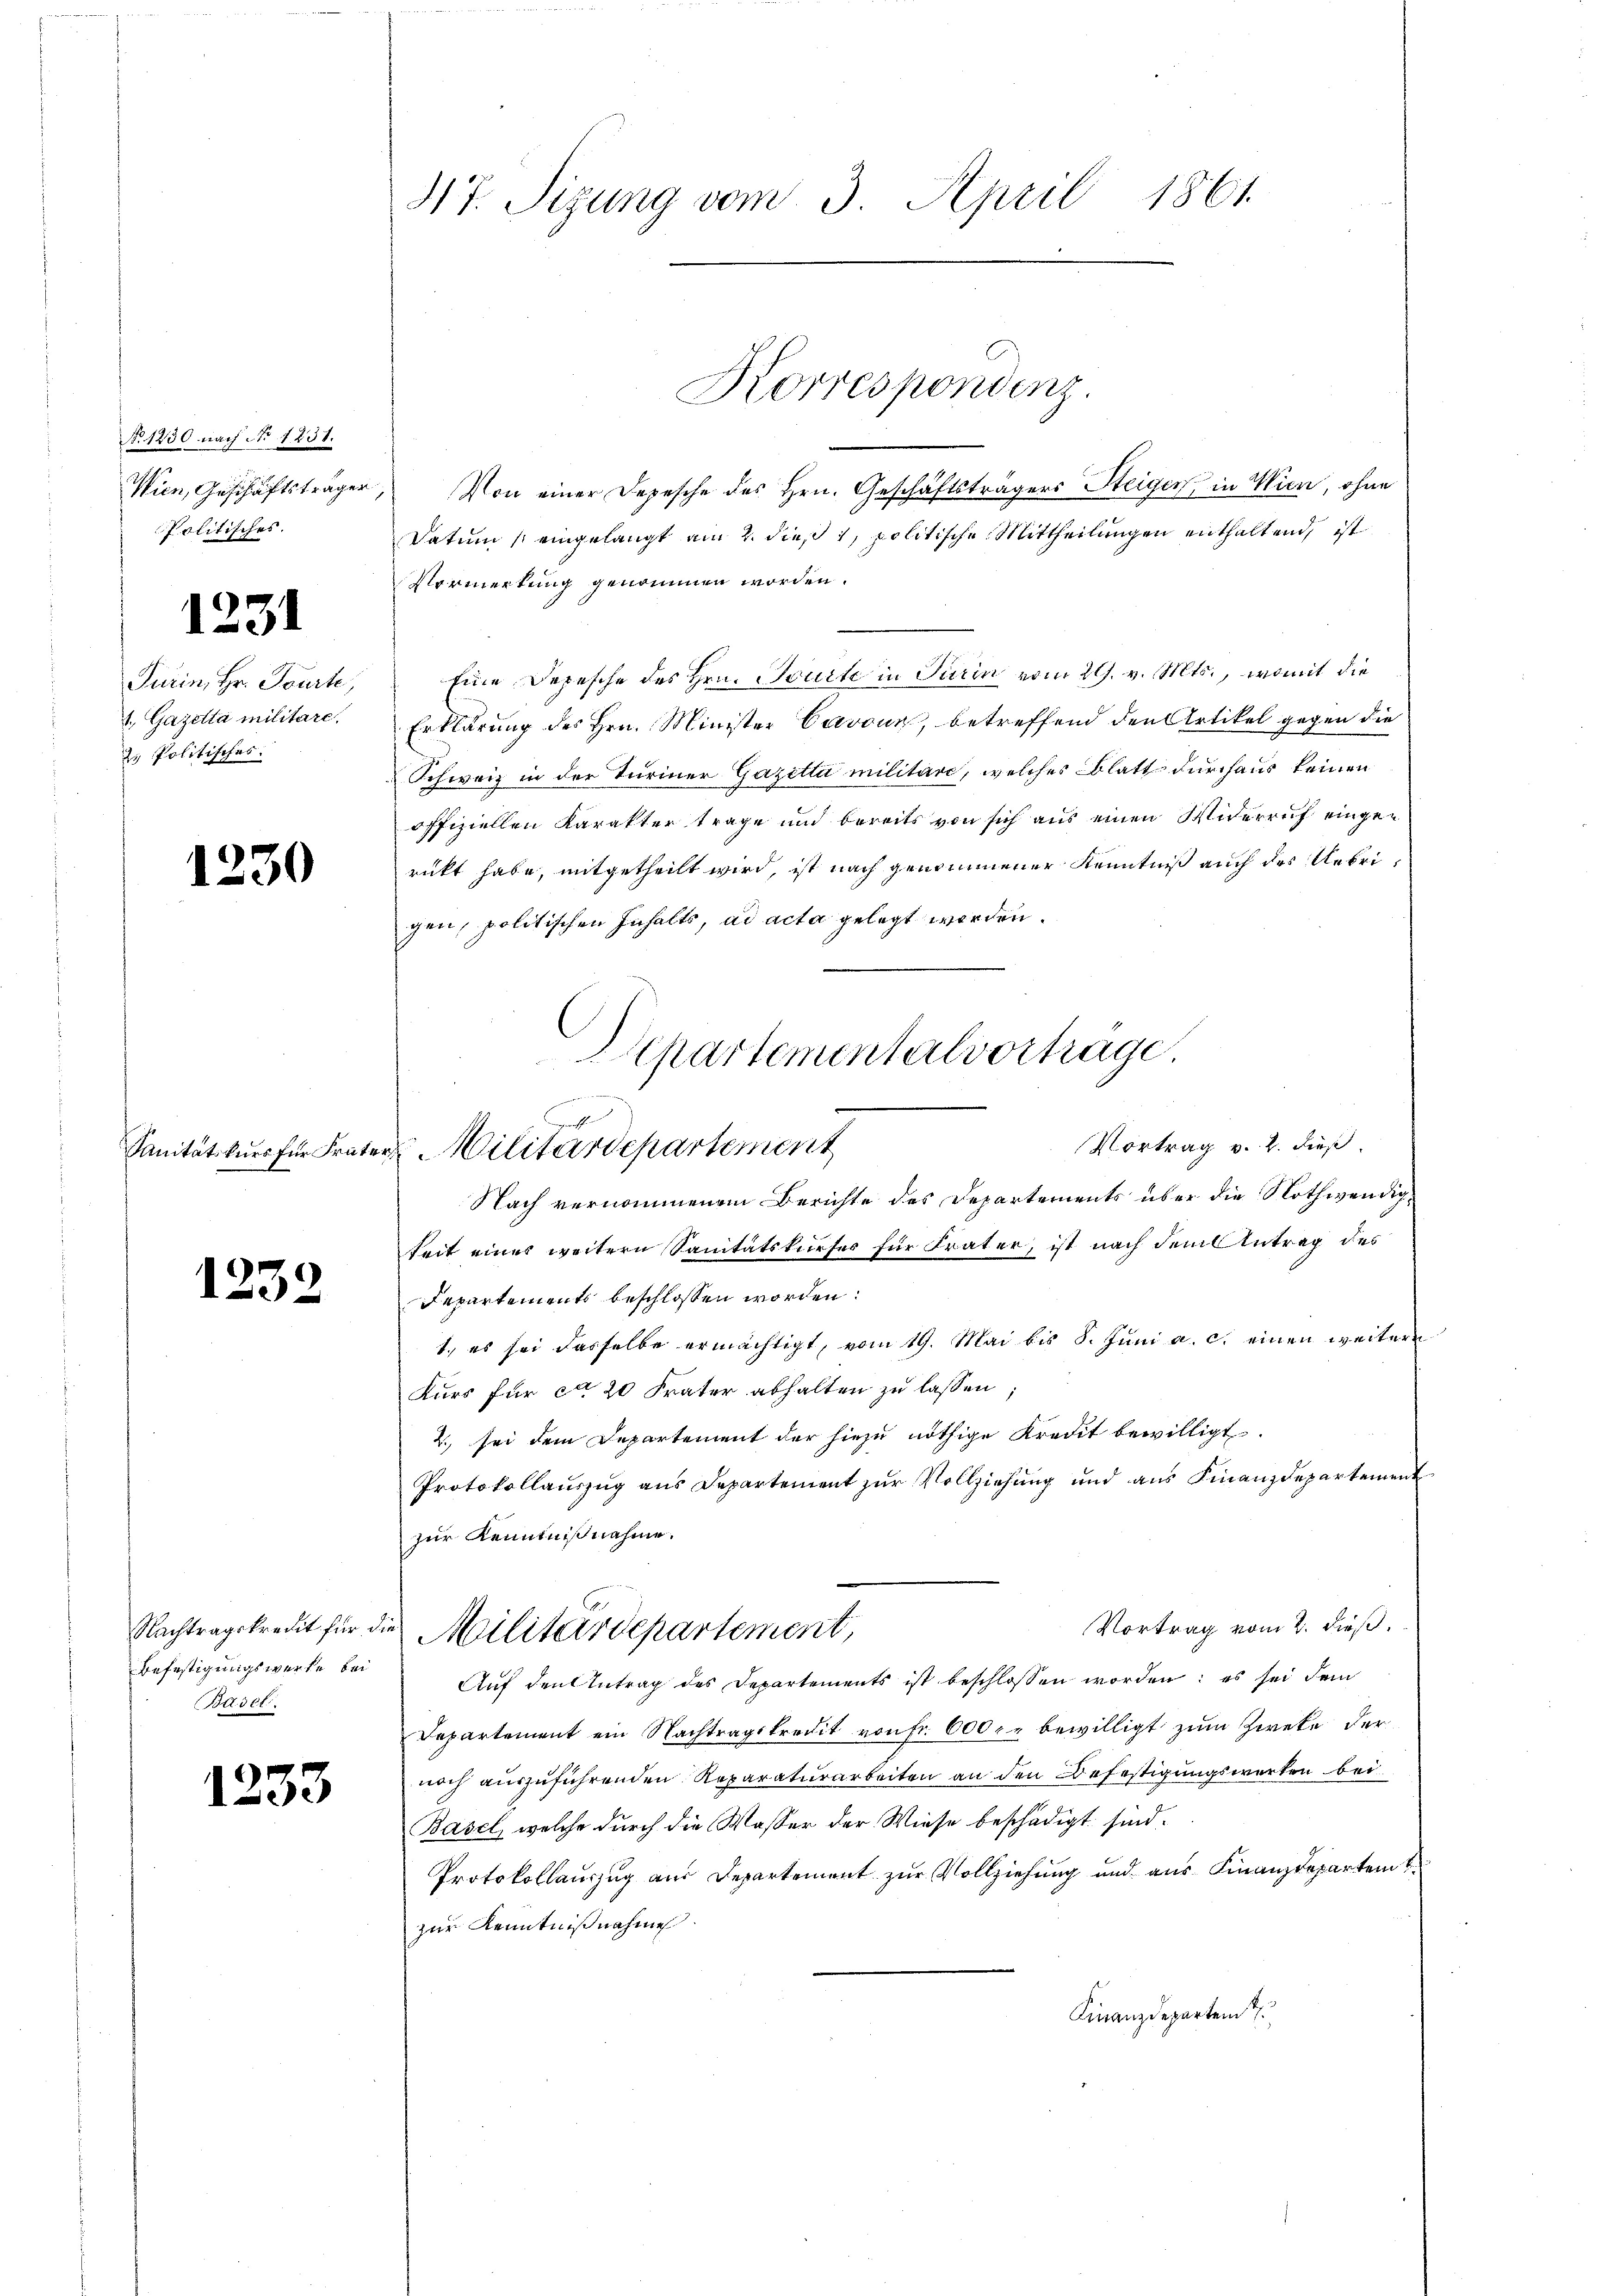
No 1230 nach No 1231.
Wien, Geschäftsträger
Politisches.

1

1231

Turin, Hr. Tourte,
1. Gazetta militare.
z. Politisches.

Sanitätskurs für Frate

1232

30

Nachtragskredit für die
Befestigungswerte bei
Basel.

1233

47. Sizung vom 3. April 1861.

Von einer Depesche des Hrn. Geschäftsträgers Steigen, in Wien, ohne
Datum (eingelangt am 2. dieß i, politische Mittheilungen enthaltend, ist
Vormerkung genommen worden.
Eine Depesche des Hrn. Beurte in Turin vom 21. v. Mts., womit die
Erklärung des Hrn. Minister Cavoun, betreffend den Artikel gegen die
Schweiz in der Turiner Gazetti militäre, welches Blatt durchaus keinen
offiziellen Karakter trage und bereits von sich aus einen Widerruf eingerückt habe, mitgetheilt wird, ist nach genommener Kenntniß auch der Uebrigen, politischen Inhalts, ad acta gelegt worden.
Nach vernommenen Berichte des Departements über die Nothwendigkeit eines weitern Sanitätskurser für Frater, ist nach dem Antrag des
Departements beschlossen worden:
1., es sei dasselbe ermächtigt, vom 19. Mai bis 8. Juni a. c. einen weitere
Kurs für ca 20 Frater abhalten zu lassen;
2. sei dem Departement der hiezu nöthige Kredit bewilligt.
Protokollauszug aus Departement zŭr Vollziehung und ans Finanzdepartement
zur Kenntnißnahme.
Vortrag vom 2. dieß.
Militärdepartement,
Auf den Antrag des Departements ist beschlossen worden; es sei dem
Departement ein Nachtragskredit von Fr. 600 r. bewilligt zum Zweke der
noch auszuführenden Reparaturarbeiten an den Befestigungswerken bei
Basel, welche durch die Wasser der Wiese beschädigt sind.
Protokollauszug aus Departement zur Vollziehung und aus Finanzdepartem t
zur Kenntnißnahme
Finanzdeparten

Departementalvertrage.
Vortrag v. 2. dieß.
2 Militärdepartement

Korrespondenz.